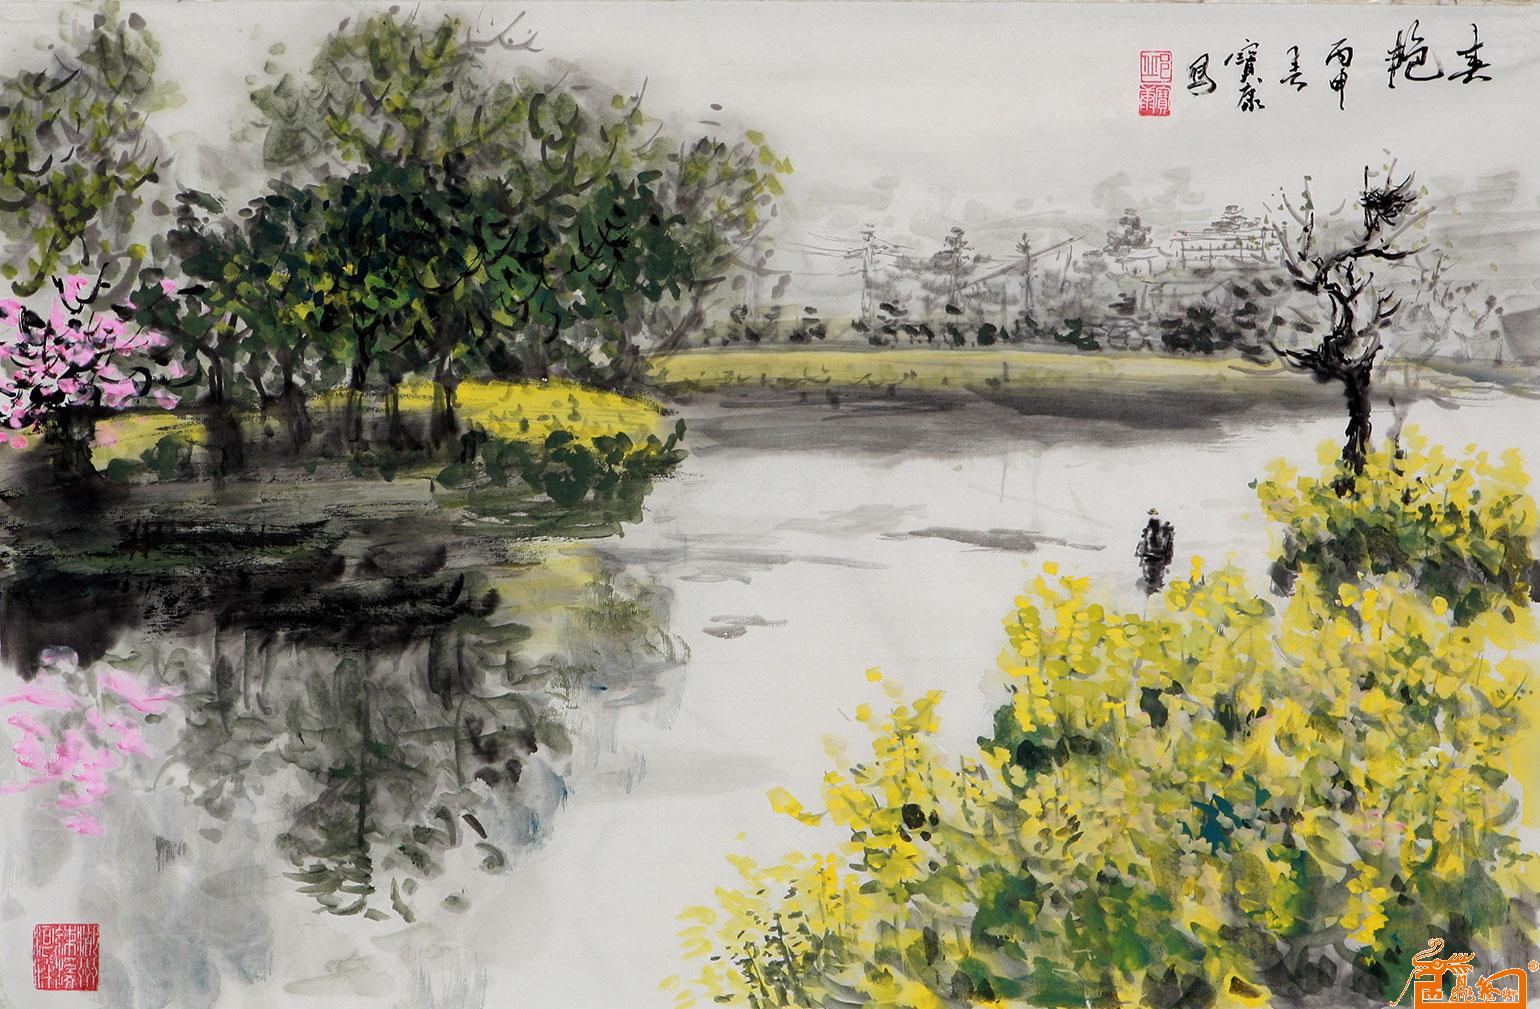
欲系青春，少住春还去。